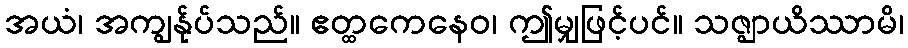
အယံ၊ အကျွန်ုပ်သည်။ ဧတ္ထကေနေဝ၊ ဤမျှဖြင့်ပင်။ သဇ္ဈာယိဿာမိ၊